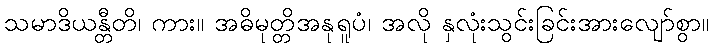
သမာဒိယန္တီတိ၊ ကား။ အဓိမုတ္တိအနုရူပံ၊ အလို နှလုံးသွင်းခြင်းအားလျော်စွာ။